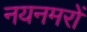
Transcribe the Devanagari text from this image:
नयनमरों